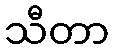
သီတာ